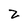
Character: Z